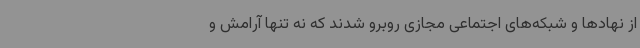
از نهادها و شبکه‌های اجتماعی مجازی روبرو شدند که نه تنها آرامش و